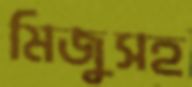
মিজুসহ